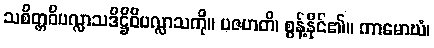
သစိတ္တဝိပလ္လာသဒိဋ္ဌိဝိပလ္လာသကို။ ပဇဟတိ၊ စွန့်နိုင်၏။ ကာမောဃံ၊